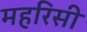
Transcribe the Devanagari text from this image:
महरिसी